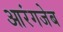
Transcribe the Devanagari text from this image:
आरंगजेब